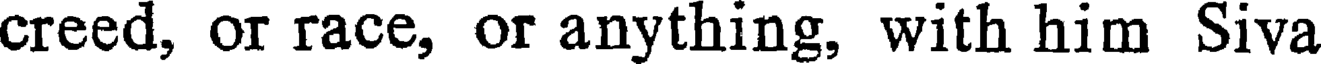
creed, or race, or anything, with him Siva